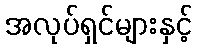
အလုပ်ရှင်များနှင့်